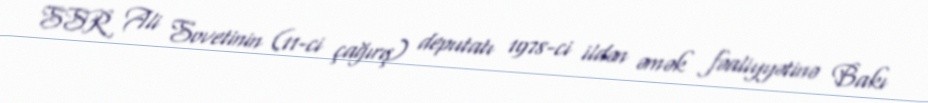
SSR Ali Sovetinin (11-ci çağırış) deputatı 1978-ci ildən əmək fəaliyyətinə Bakı